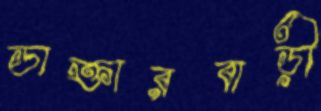
ডাক্তারবাড়ী